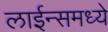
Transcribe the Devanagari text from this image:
लाईन्समध्ये